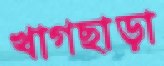
খাগছাড়া